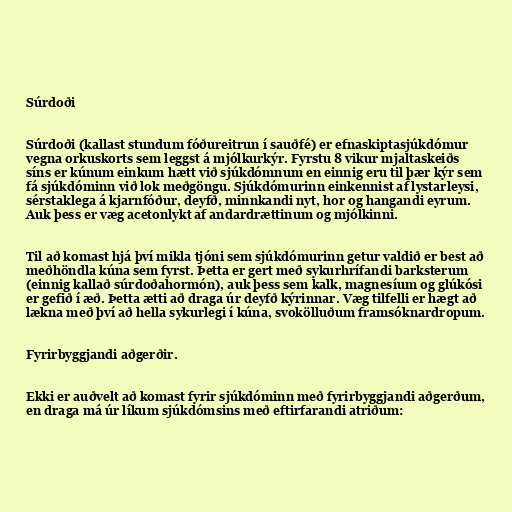
Súrdoði

Súrdoði (kallast stundum fóðureitrun í sauðfé) er efnaskiptasjúkdómur
vegna orkuskorts sem leggst á mjólkurkýr. Fyrstu 8 vikur mjaltaskeiðs
síns er kúnum einkum hætt við sjúkdómnum en einnig eru til þær kýr sem
fá sjúkdóminn við lok meðgöngu. Sjúkdómurinn einkennist af lystarleysi,
sérstaklega á kjarnfóður, deyfð, minnkandi nyt, hor og hangandi eyrum.
Auk þess er væg acetonlykt af andardrættinum og mjólkinni.

Til að komast hjá því mikla tjóni sem sjúkdómurinn getur valdið er best að
meðhöndla kúna sem fyrst. Þetta er gert með sykurhrífandi barksterum
(einnig kallað súrdoðahormón), auk þess sem kalk, magnesíum og glúkósi
er gefið í æð. Þetta ætti að draga úr deyfð kýrinnar. Væg tilfelli er hægt að
lækna með því að hella sykurlegi í kúna, svokölluðum framsóknardropum.

Fyrirbyggjandi aðgerðir.

Ekki er auðvelt að komast fyrir sjúkdóminn með fyrirbyggjandi aðgerðum,
en draga má úr líkum sjúkdómsins með eftirfarandi atriðum: